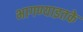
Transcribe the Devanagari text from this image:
भागण्याइतके